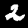
Label: 2